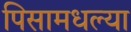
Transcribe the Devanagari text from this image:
पिसामधल्या